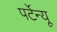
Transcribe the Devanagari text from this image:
पर्टेन्यू